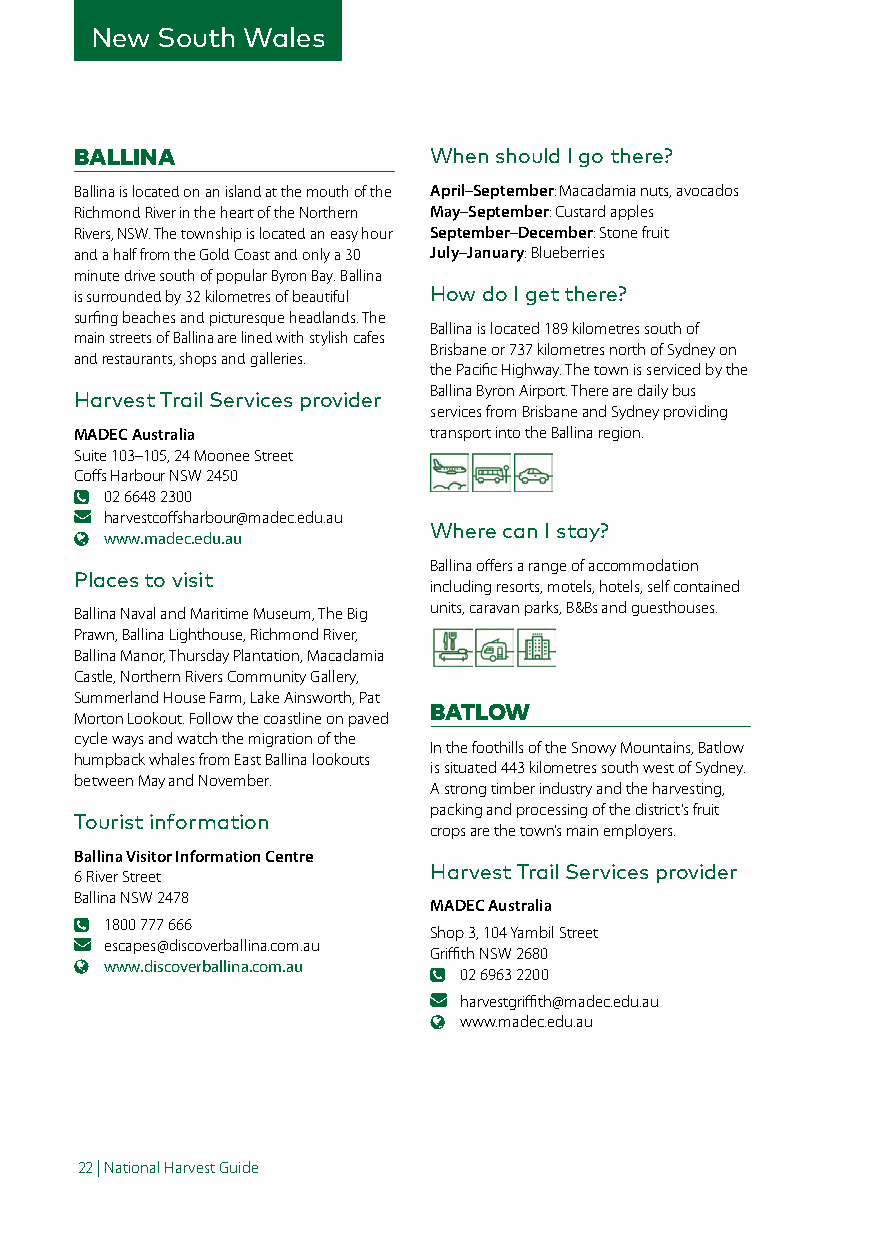
New South Wales
 BALLINA                When should I go there?
 Ballina is located on an island at the mouth of the April–September: Macadamia nuts, avocados
 Richmond River in the heart of the Northern May–September: Custard apples
 Rivers, NSW. The township is located an easy hour September–December: Stone fruit
 and a half from the Gold Coast and only a 30 July–January: Blueberries
 minute drive south of popular Byron Bay. Ballina
 is surrounded by 32 kilometres of beautiful How do I get there?
 surfing beaches and picturesque headlands. The
 Ballina is located 189 kilometres south of
 main streets of Ballina are lined with stylish cafes
 Brisbane or 737 kilometres north of Sydney on
 and restaurants, shops and galleries.
 the Pacific Highway. The town is serviced by the
 Ballina Byron Airport. There are daily bus
 Harvest Trail Services provider
 services from Brisbane and Sydney providing
 MADEC Australia        transport into the Ballina region.
 Suite 103–105, 24 Moonee Street
 Coffs Harbour NSW 2450
 02 6648 2300
 harvestcoffsharbour@madec.edu.au
 Where can I stay?
 www.madec.edu.au
 Ballina offers a range of accommodation
 Places to visit
 including resorts, motels, hotels, self contained
 units, caravan parks, B&Bs and guesthouses.
 Ballina Naval and Maritime Museum, The Big
 Prawn, Ballina Lighthouse, Richmond River,
 Ballina Manor, Thursday Plantation, Macadamia
 Castle, Northern Rivers Community Gallery,
 Summerland House Farm, Lake Ainsworth, Pat
 BATLOW
 Morton Lookout. Follow the coastline on paved
 cycle ways and watch the migration of the
 In the foothills of the Snowy Mountains, Batlow
 humpback whales from East Ballina lookouts
 is situated 443 kilometres south west of Sydney.
 between May and November.
 A strong timber industry and the harvesting,
 packing and processing of the district’s fruit
 Tourist information
 crops are the town’s main employers.
 Ballina Visitor Information Centre
 Harvest Trail Services provider
 6 River Street
 Ballina NSW 2478
 MADEC Australia
 1800 777 666
 Shop 3, 104 Yambil Street
 escapes@discoverballina.com.au
 Griffith NSW 2680
 www.discoverballina.com.au
 02 6963 2200
 harvestgriffith@madec.edu.au
 www.madec.edu.au
 22 | National Harvest Guide